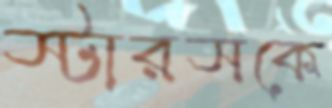
স্টারসকে